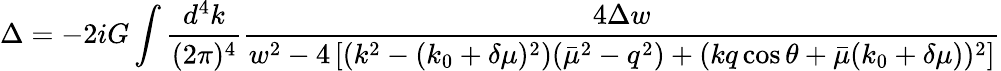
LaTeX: \Delta=-2iG\int\frac{d^{4}k}{(2\pi)^{4}}\frac{4\Delta w}{w^{2}-4\left[(k^{2}-(k_{0}+\delta\mu)^{2})(\bar{\mu}^{2}-q^{2})+(kq\cos\theta+\bar{\mu}(k_{0}+\delta\mu))^{2}\right]}